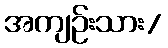
အကျဉ်းသား/